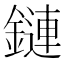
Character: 鏈